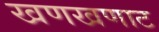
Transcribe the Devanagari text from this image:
खणखणाट